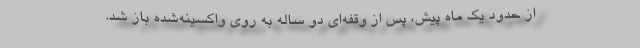
از حدود یک ماه پیش، پس از وقفه‌ای دو ساله به روی واکسینه‌شده باز شد.